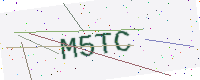
Text: M5TC